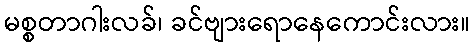
မစ္စတာဂါးလခ်၊ ခင်ဗျားရောနေကောင်းလား။